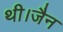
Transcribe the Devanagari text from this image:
थी।जैन